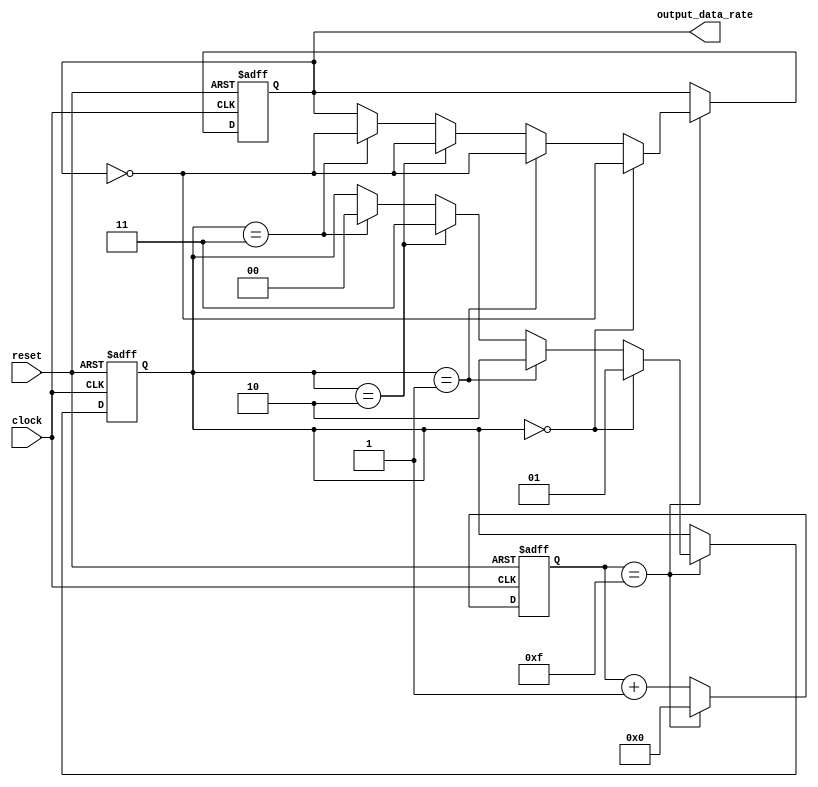
///////////////////////////////////////////////////////////////////////////////////////////////////
// Company: <Name>
//
// File history:
//      <Revision number>: <Date>: <Comments>
//      <Revision number>: <Date>: <Comments>
//      <Revision number>: <Date>: <Comments>
//
// Description: 
//
// <Description here>
//
// Targeted device: <Family::IGLOO> <Die::AGLN250V2> <Package::100 VQFP>
//
/////////////////////////////////////////////////////////////////////////////////////////////////// 
//`timescale <time_units> / <precision>

module data_rate( clock, reset, output_data_rate );
input clock, reset;
output reg output_data_rate;

reg[11:0] counter;
reg[1:0] state;

always @(posedge clock or negedge reset)
begin
    if (!reset)
    begin
        counter <= 0;
        output_data_rate <= 0;
        state <= 0;
    end
    else
    begin
        if (counter==12'h00F)
        begin
            counter <= 0;
            if (state==2'd0)
            begin
                output_data_rate <= ~output_data_rate;
                state <= 1;
            end
            else if (state==2'd1)
            begin
                output_data_rate <= ~output_data_rate;
                state <= 2;
            end
            else if (state==2'd2)
            begin
                output_data_rate <= ~output_data_rate;
                state <= 3;
            end
            else if (state==2'd3)
            begin
                output_data_rate <= ~output_data_rate;
                state <= 0;
            end
        end
        else
        begin
            counter <= counter+1;
            output_data_rate <= output_data_rate;
        end
    end
end

endmodule